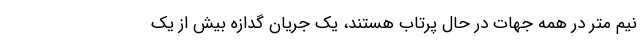
نیم متر در همه جهات در حال پرتاب هستند، یک جریان گدازه بیش از یک